Annual report of the Punjab Veterinary College and of the Civil Veterinary Department, Punjab - 1920-1925
Year: 1920
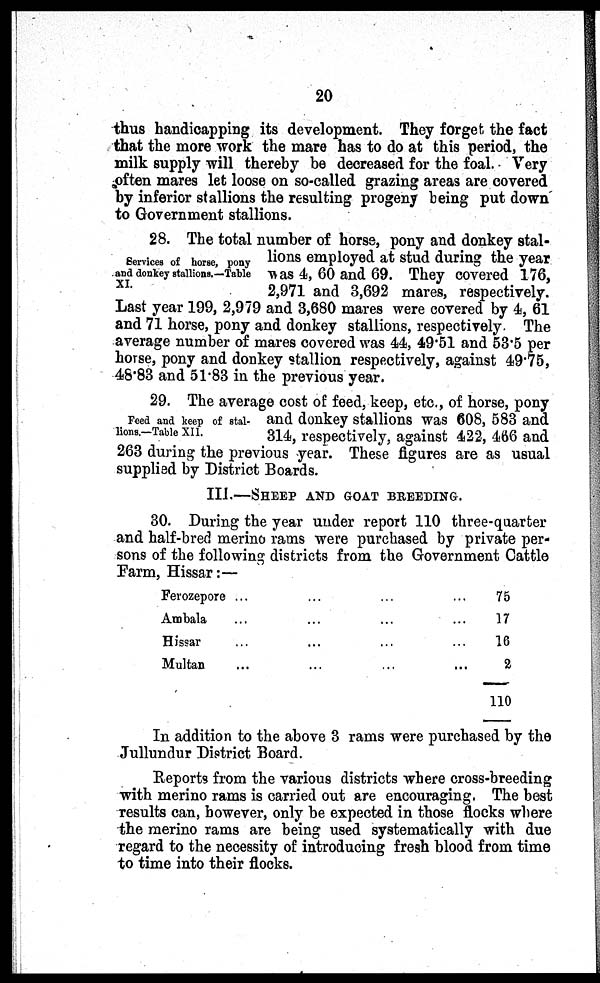
20
thus handicapping its development. They forget the fact
that the more work the mare has to do at this period, the
milk supply will thereby be decreased for the foal. Very
often mares let loose on so-called grazing areas are covered
by inferior stallions the resulting progeny being put down
to Government stallions.
Services of horse, pony
and donkey stallions.—Table
XI.
28. The total number of horse, pony and donkey stal-
lions employed at stud during the year
was 4, 60 and 69. They covered 176,
2,971 and 3,692 mares, respectively.
Last year 199, 2,979 and 3,680 mares were covered by 4, 61
and 71 horse, pony and donkey stallions, respectively. The
average number of mares covered was 44, 49.51 and 53.5 per
horse, pony and donkey stallion respectively, against 49.75,
48.83 and 51.83 in the previous year.
Feed and keep of stal-
lions.—Table XII.
29. The average cost of feed, keep, etc., of horse, pony
and donkey stallions was 608, 583 and
314, respectively, against 422, 466 and
263 during the previous year. These figures are as usual
supplied by District Boards.
III.—SHEEP AND GOAT BREEDING.
30. During the year under report 110 three-quarter
and half-bred merino rams were purchased by private per-
sons of the following districts from the Government Cattle
Farm, Hissar:—
Ferozepore
Ambala
Hissar
Multan
...
...
...
...
...
...
...
...
...
...
...
...
...
...
...
...
75
17
16
2
110
In addition to the above 3 rams were purchased by the
Jullundur District Board.
Reports from the various districts where cross-breeding
with merino rams is carried out are encouraging. The best
results can, however, only be expected in those flocks where
the merino rams are being used systematically with due
regard to the necessity of introducing fresh blood from time
to time into their flocks.